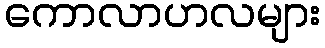
ကောလာဟလများ